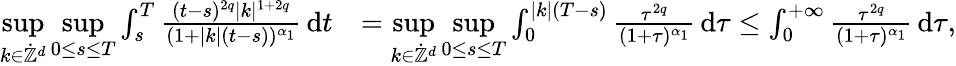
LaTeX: \begin{array}{rl}{\underset{k\in\dot{\mathbb Z}^{d}}{\operatorname*{sup}}\underset{0\leq s\leq T}{\operatorname*{sup}}\int_{s}^{T}\frac{(t-s)^{2q}\vert k\vert^{1+2q}}{(1+\vert k\vert(t-s))^{\alpha_{1}}}\, \mathrm{d}t}&{=\underset{k\in\dot{\mathbb Z}^{d}}{\operatorname*{sup}}\underset{0\leq s\leq T}{\operatorname*{sup}}\int_{0}^{\vert k\vert(T-s)}\frac{\tau^{2q}}{(1+\tau)^{\alpha_{1}}}\, \mathrm{d}\tau\leq\int_{0}^{+\infty}\frac{\tau^{2q}}{(1+\tau)^{\alpha_{1}}}\, \mathrm{d}\tau,}\end{array}